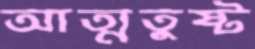
আত্মতুষ্ট